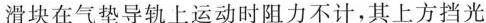
滑块在气垫导轨上运动时阻力不计，其上方挡光